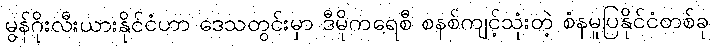
မွန်ဂိုးလီးယားနိုင်ငံဟာ ဒေသတွင်းမှာ ဒီမိုကရေစီ စနစ်ကျင့်သုံးတဲ့ စံနမူပြနိုင်ငံတစ်ခု